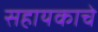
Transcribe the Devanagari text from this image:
सहायकाचे